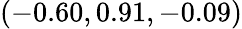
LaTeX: (-0.60,0.91,-0.09)